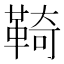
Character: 䩭